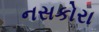
નસકોરા